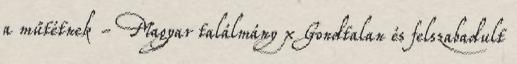
a műtétnek - Magyar találmány x Gondtalan és felszabadult